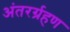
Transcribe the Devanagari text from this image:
अंतरर्ग्रहण